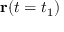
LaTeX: \mathbf { r } ( t = t _ { 1 } )